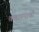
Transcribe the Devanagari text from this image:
कहाण्याची